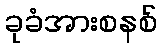
ခုခံအားစနစ်